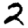
Digit: 2